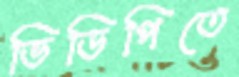
ভিডিপিতে